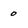
Character: 0